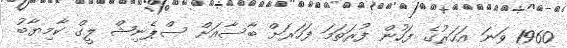
1960 ވަނަ އަހަރުގެ ފަހުން ފުރަތަމަ ފަހަރަށް ބާސާއަށް ސްޕެނިޝް ލީގް ކާމިޔާބު